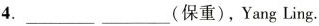
4.___(保重)，Yang Ling.